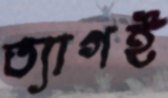
ত্যাগই